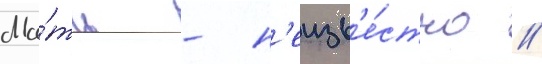
Ма́ть - н'еизв'е́стно //